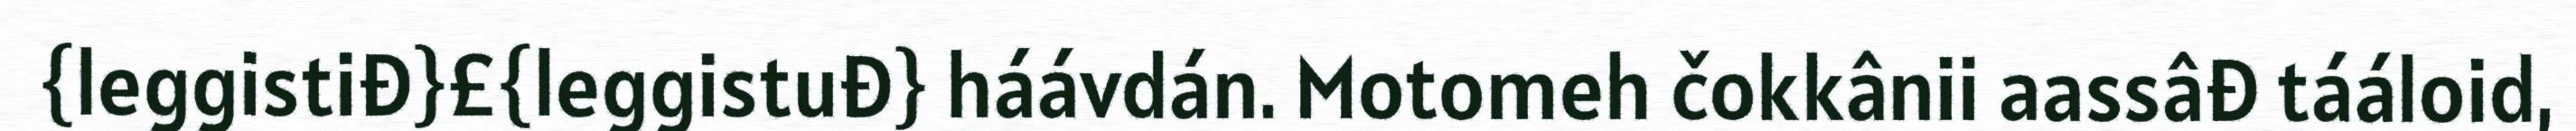
{leggistiđ}£{leggistuđ} háávdán. Motomeh čokkânii aassâđ tááloid,